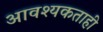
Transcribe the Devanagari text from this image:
आवश्यकताही